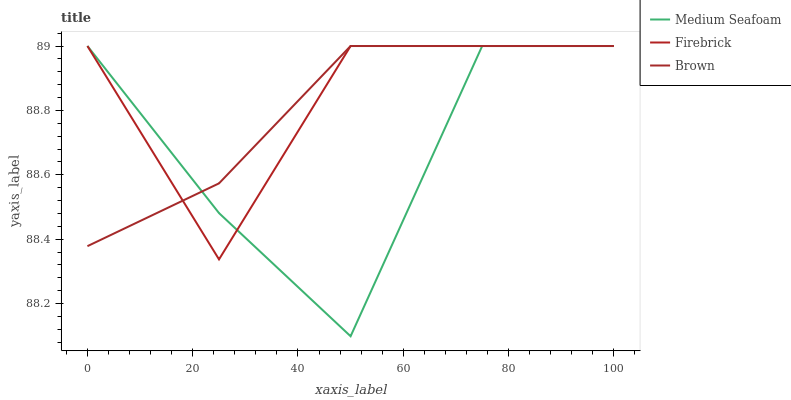
| xaxis_label | Medium Seafoam | Firebrick | Brown |
 | --- | --- | --- | --- |
 | 0 | 89 | 89 | 88.4 |
 | 25 | 88.5 | 88.3 | 88.6 |
 | 50 | 88.1 | 89 | 89 |
 | 75 | 89 | 89 | 89 |
 | 100 | 89 | 89 | 89 |